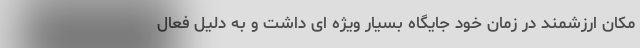
مکان ارزشمند در زمان خود جایگاه بسیار ویژه ای داشت و به دلیل فعال